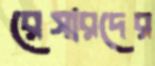
রেসারদের